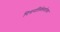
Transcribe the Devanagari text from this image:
पित्तनलिकेबरोबर